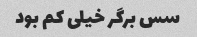
سس برگر خیلی کم بود